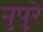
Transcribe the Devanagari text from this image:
नुपुरे